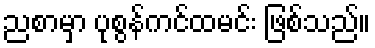
ညစာမှာ ပုစွန်ကင်ထမင်း ဖြစ်သည်။